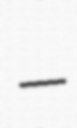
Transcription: –